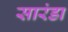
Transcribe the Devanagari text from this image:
सारंडा